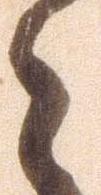
々